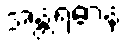
အန္တရဓာနံ